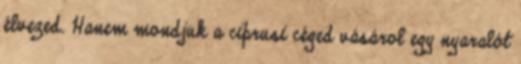
élvezed. Hanem mondjuk a ciprusi céged vásárol egy nyaralót